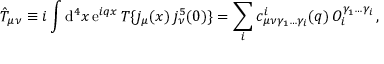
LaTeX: \hat { T } _ { \mu \nu } \equiv i \int \mathrm { d } ^ { 4 } x \, \mathrm { e } ^ { i q x } \, T \{ j _ { \mu } ( x ) \, j _ { \nu } ^ { 5 } ( 0 ) \} = \sum _ { i } c _ { \mu \nu \gamma _ { 1 } \ldots \gamma _ { i } } ^ { i } ( q ) \, { \cal O } _ { i } ^ { \gamma _ { 1 } \ldots \gamma _ { i } } \, ,